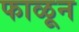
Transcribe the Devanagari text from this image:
फाळून